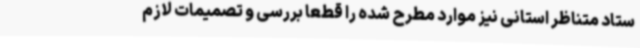
ستاد متناظر استانی نیز موارد مطرح شده را قطعاً بررسی و تصمیمات لازم